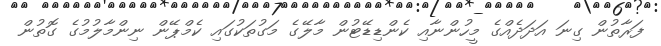
ފަރާތުން ގިނަ އަދަދެއްގެ މީހުންނާއި ކެންޑިޑޭޓުން މާލޭގެ މަގުތަކުގައި ކެމްޕޭން ނިންމާލުމުގެ ގޮތުން